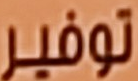
توفير